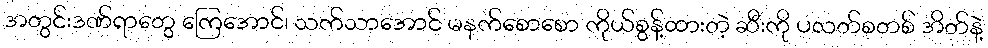
အတွင်းဒဏ်ရာတွေ ကြေအောင်၊ သက်သာအောင် မနက်စောစော ကိုယ်စွန့်ထားတဲ့ ဆီးကို ပလတ်စတစ် အိတ်နဲ့